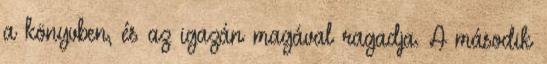
a könyvben, és az igazán magával ragadja. A második